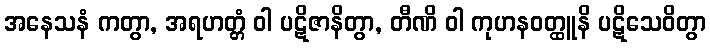
အနေသနံ ကတွာ, အရဟတ္တံ ဝါ ပဋိဇာနိတွာ, တီဏိ ဝါ ကုဟနဝတ္ထူနိ ပဋိသေဝိတွာ